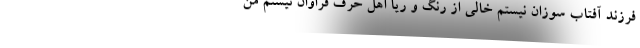
فرزند آفتاب سوزان نیستم خالی از رنگ و ریا اهل حرف فراوان نیستم من